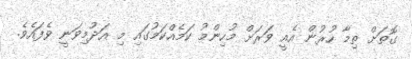
ގޮތަށް ތިމާ ހުރުން އެއީ ވަރަށް މުހިންމު ކަމެއްކަމުގައި މި އަދުމިވަނީ ވެފައެވެ.